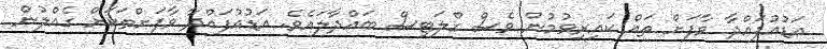
އަޑުއުފައްދާ ވާފަށް ތައް ކައިރިވުމުން ވެސް ގްލަޓިސް ބައްދާލައެވެ. އަޑުއުފައްދާ ވާފަށްތަކަށް ގެއްލުން